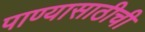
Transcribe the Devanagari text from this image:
पाण्यासाठीची